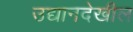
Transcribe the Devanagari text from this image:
उद्यानदेखील